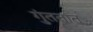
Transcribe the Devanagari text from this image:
गुंततात